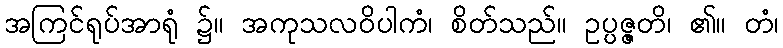
အကြင်ရုပ်အာရုံ ၌။ အကုသလဝိပါကံ၊ စိတ်သည်။ ဥပ္ပဇ္ဇတိ၊ ၏။ တံ၊